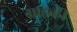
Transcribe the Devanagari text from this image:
ग्राहकी